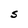
Character: S